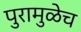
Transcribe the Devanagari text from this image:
पुरामुळेच